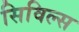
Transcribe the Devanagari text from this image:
सिविल्स